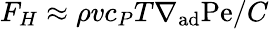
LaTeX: F_{H}\approx\rho vc_{P}T\nabla_{\mathrm{ad}}\mathrm{Pe}/C